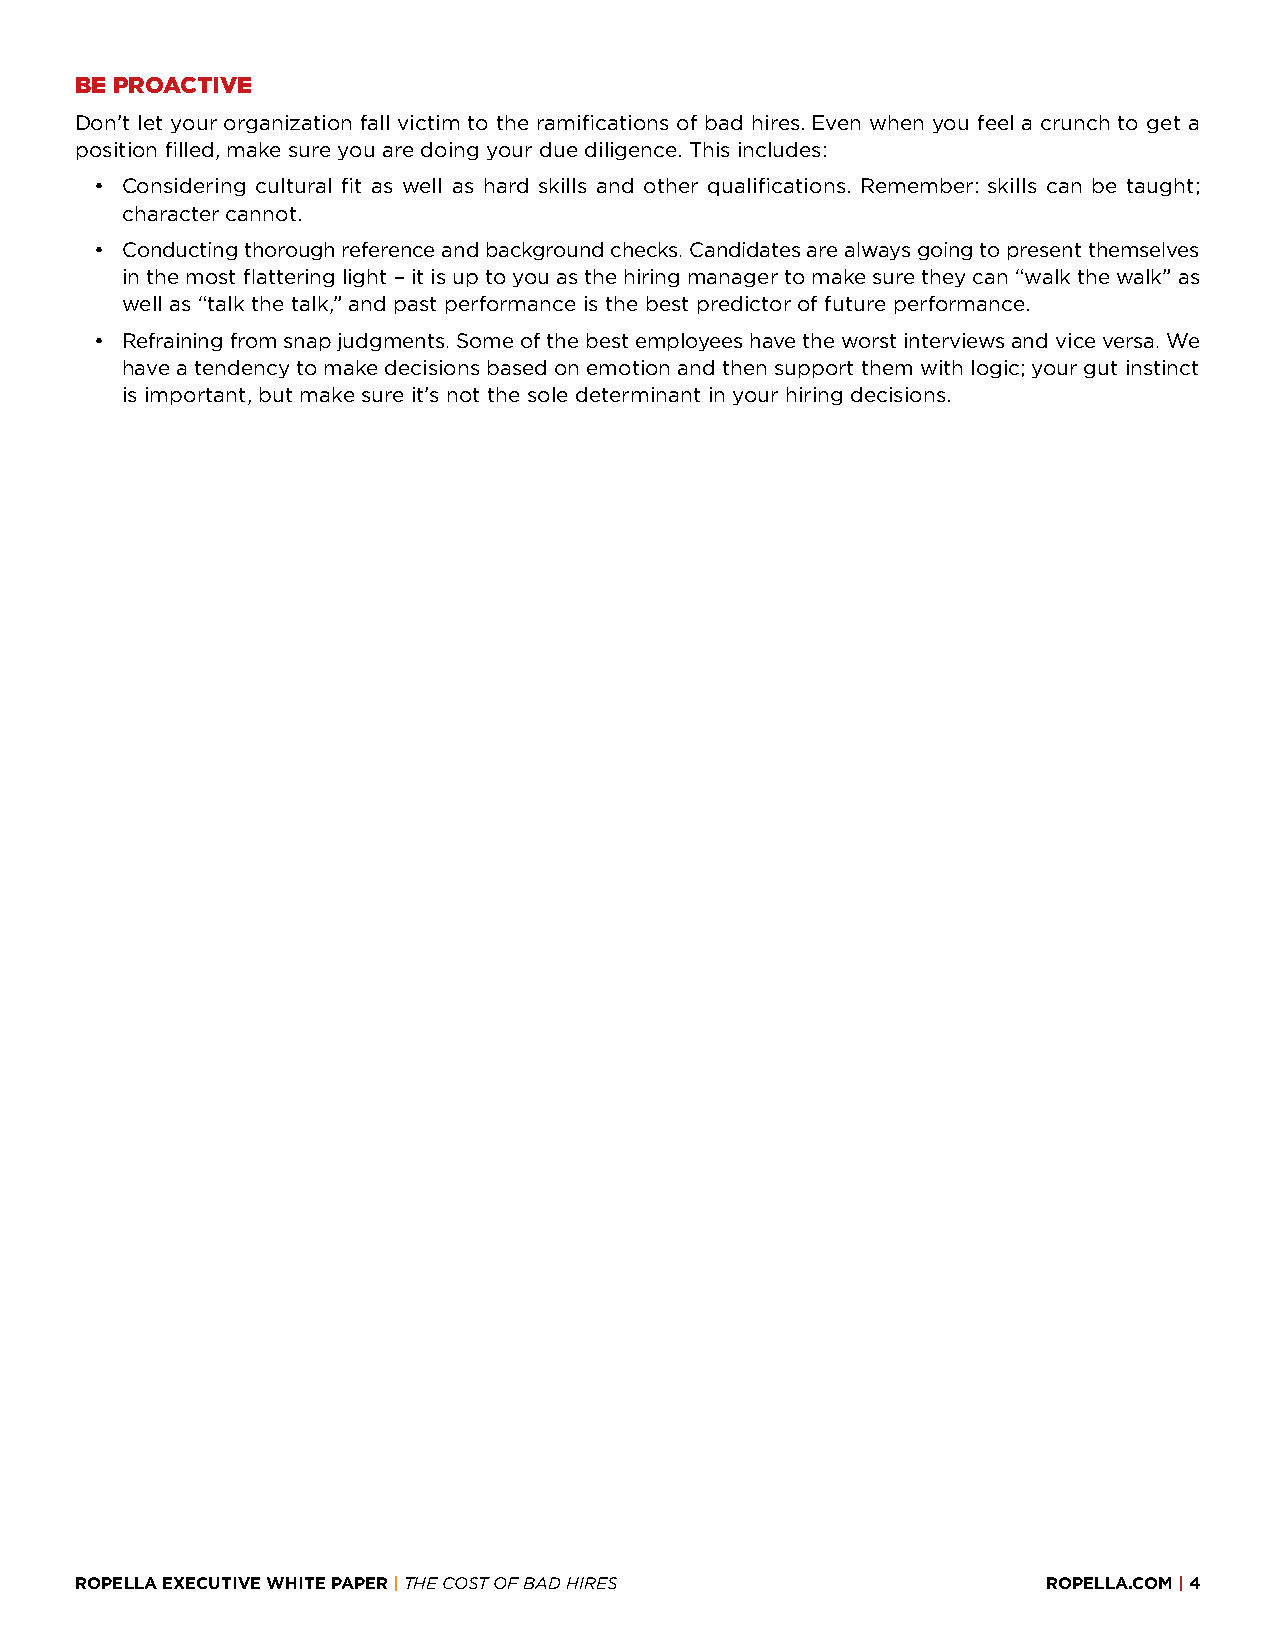
BE PROACTIVE
 Don’t let your organization fall victim to the ramifications of bad hires. Even when you feel a crunch to get a
 position filled, make sure you are doing your due diligence. This includes:
 • Considering cultural fit as well as hard skills and other qualifications. Remember: skills can be taught;
 character cannot.
 • Conducting thorough reference and background checks. Candidates are always going to present themselves
 in the most flattering light – it is up to you as the hiring manager to make sure they can “walk the walk” as
 well as “talk the talk,” and past performance is the best predictor of future performance.
 • Refraining from snap judgments. Some of the best employees have the worst interviews and vice versa. We
 have a tendency to make decisions based on emotion and then support them with logic; your gut instinct
 is important, but make sure it’s not the sole determinant in your hiring decisions.
 ROPELLA EXECUTIVE WHITE PAPER | THE COST OF BAD HIRES           ROPELLA.COM | 4